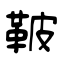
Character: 鞁